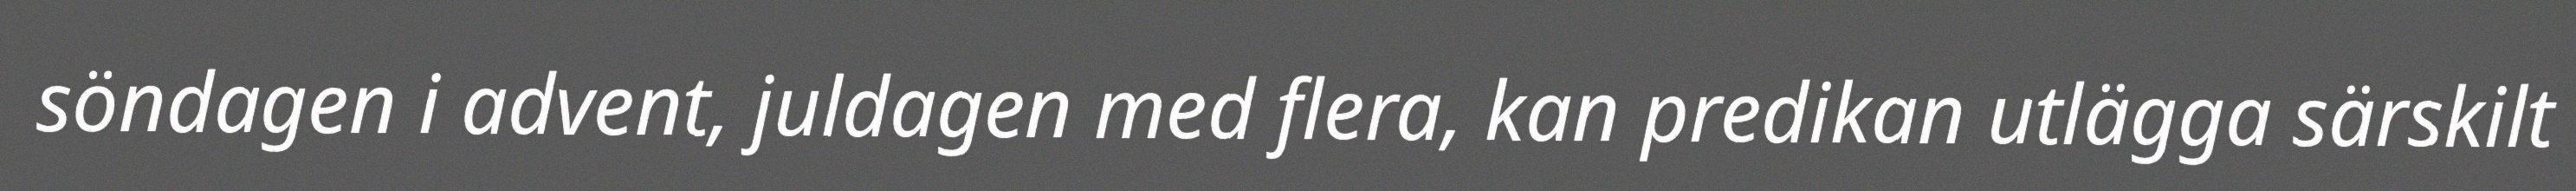
söndagen i advent, juldagen med flera, kan predikan utlägga särskilt